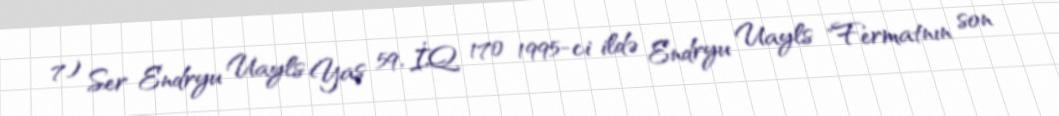
7) Ser Endryu Uayls Yaş 59, İQ 170 1995-ci ildə Endryu Uayls "Fermatnın son